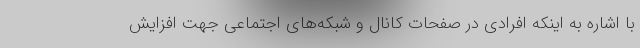
با اشاره به اینکه افرادی در صفحات کانال و شبکه‌های اجتماعی جهت افزایش